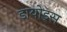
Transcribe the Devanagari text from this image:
डायोड्स